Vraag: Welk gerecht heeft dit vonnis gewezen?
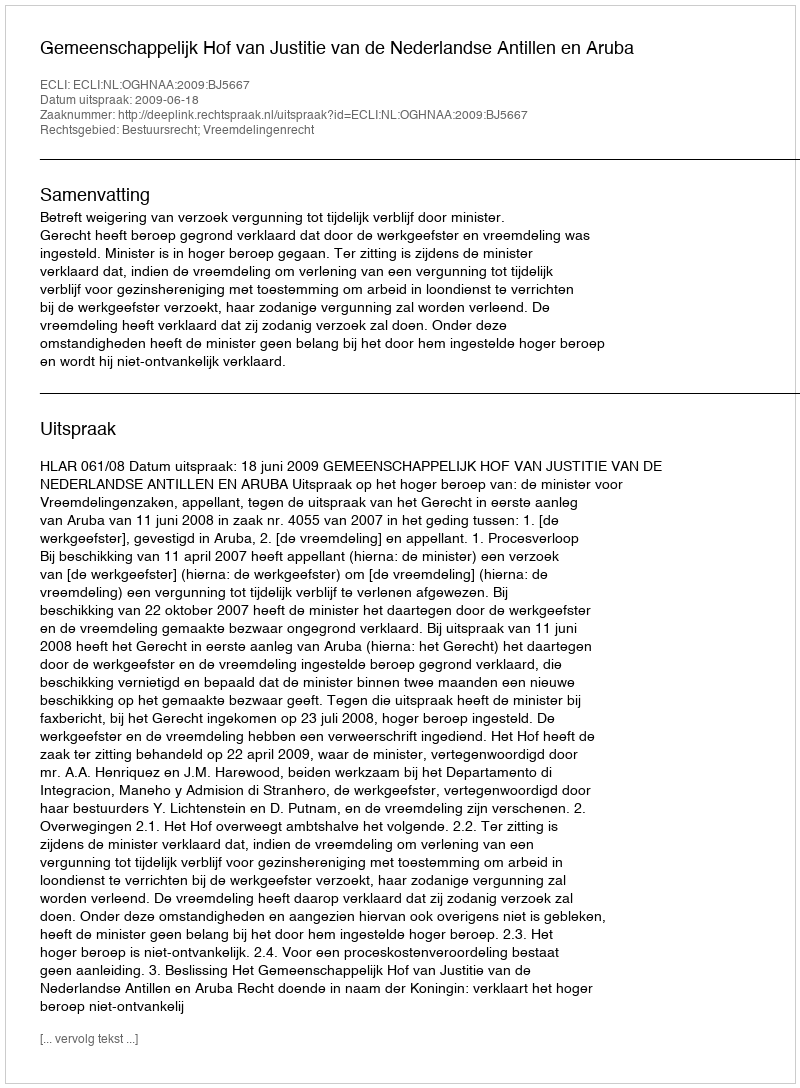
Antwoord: Gemeenschappelijk Hof van Justitie van de Nederlandse Antillen en Aruba